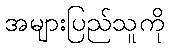
အများပြည်သူကို